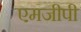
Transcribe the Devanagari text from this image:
एमजीपी